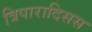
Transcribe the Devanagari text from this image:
त्रिपारादिसस